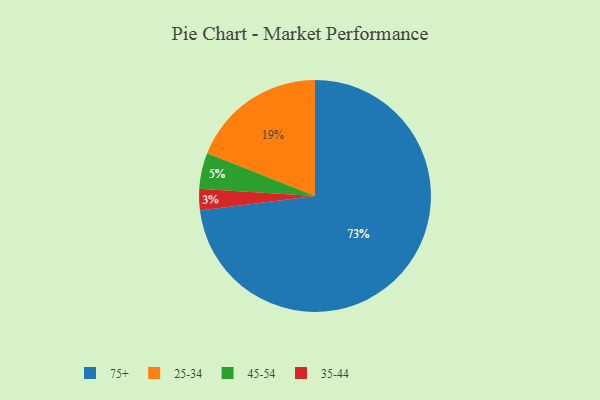
{"axis": {"x": "Category", "y": "Percentage"}, "legend": ["25-34", "35-44", "45-54", "75+"], "data": [{"x": "45-54", "y": 5, "type": "45-54"}, {"x": "75+", "y": 73, "type": "75+"}, {"x": "25-34", "y": 19, "type": "25-34"}, {"x": "35-44", "y": 3, "type": "35-44"}]}